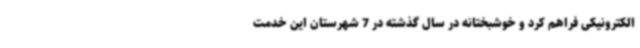
الکترونیکی فراهم کرد و خوشبختانه در سال گذشته در 7 شهرستان این خدمت